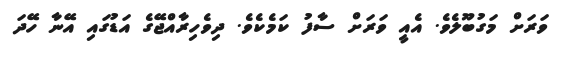
ވަރަށް މަގުބޫލެވެ. އެއީ ވަރަށް ސާފު ކަމެކެވެ. ދިވެހިރާއްޖޭގެ އަޑުގައި އޭނާ ހޭދަ